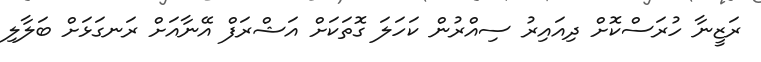
ރަޒީނާ ހުރަސްކޮށް ދިއައިރު ސިއްރުން ކަހަލަ ގޮތަކަށް އަޝްރަފް އޭނާއަށް ރަނގަޅަށް ބަލާލި